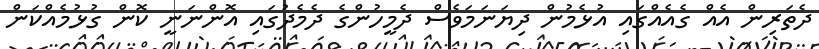
ދެތަރިން އެއް ގެއެއްގައި އުޅެމުން ދިޔަނަމަވެސް ދެމީހުންގެ ދެމެދުގައި އޮންނަނީ ކޮން ގުޅުމެއްކަން